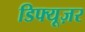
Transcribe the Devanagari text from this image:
डिफ्यूज़र